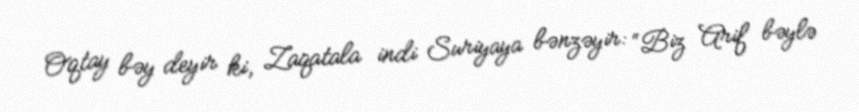
Oqtay bəy deyir ki, Zaqatala indi Suriyaya bənzəyir: “Biz Arif bəylə